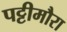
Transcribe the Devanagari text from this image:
पट्टीमौरा